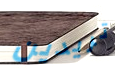
تريدين